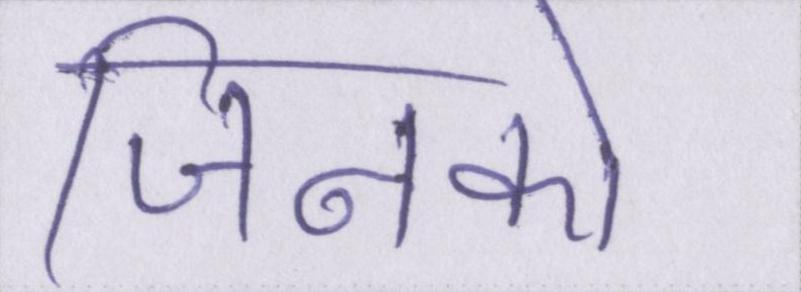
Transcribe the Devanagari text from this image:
जिनको